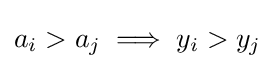
a_{i}>a_{j}\implies y_{i}>y_{j}